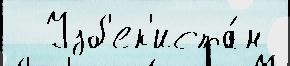
  Узб'ек'иста́н